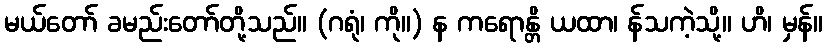
မယ်တော် ခမည်းတော်တို့သည်။ (ဂရုံ၊ ကို။) န ကရောန္တိ ယထာ၊ န်သကဲ့သို့။ ဟိ၊ မှန်။